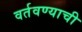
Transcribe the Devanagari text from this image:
वर्तवण्याची